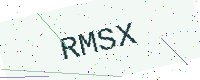
Text: RMSX